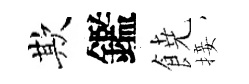
欺鑑𩜙接